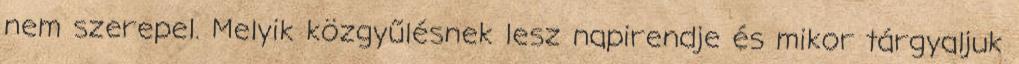
nem szerepel. Melyik közgyűlésnek lesz napirendje és mikor tárgyaljuk